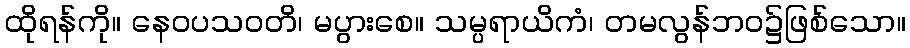
ထိုရန်ကို။ နေဝပသဝတိ၊ မပွားစေ။ သမ္ပရာယိကံ၊ တမလွန်ဘဝ၌ဖြစ်သော။